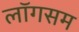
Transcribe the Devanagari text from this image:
लॉगसम